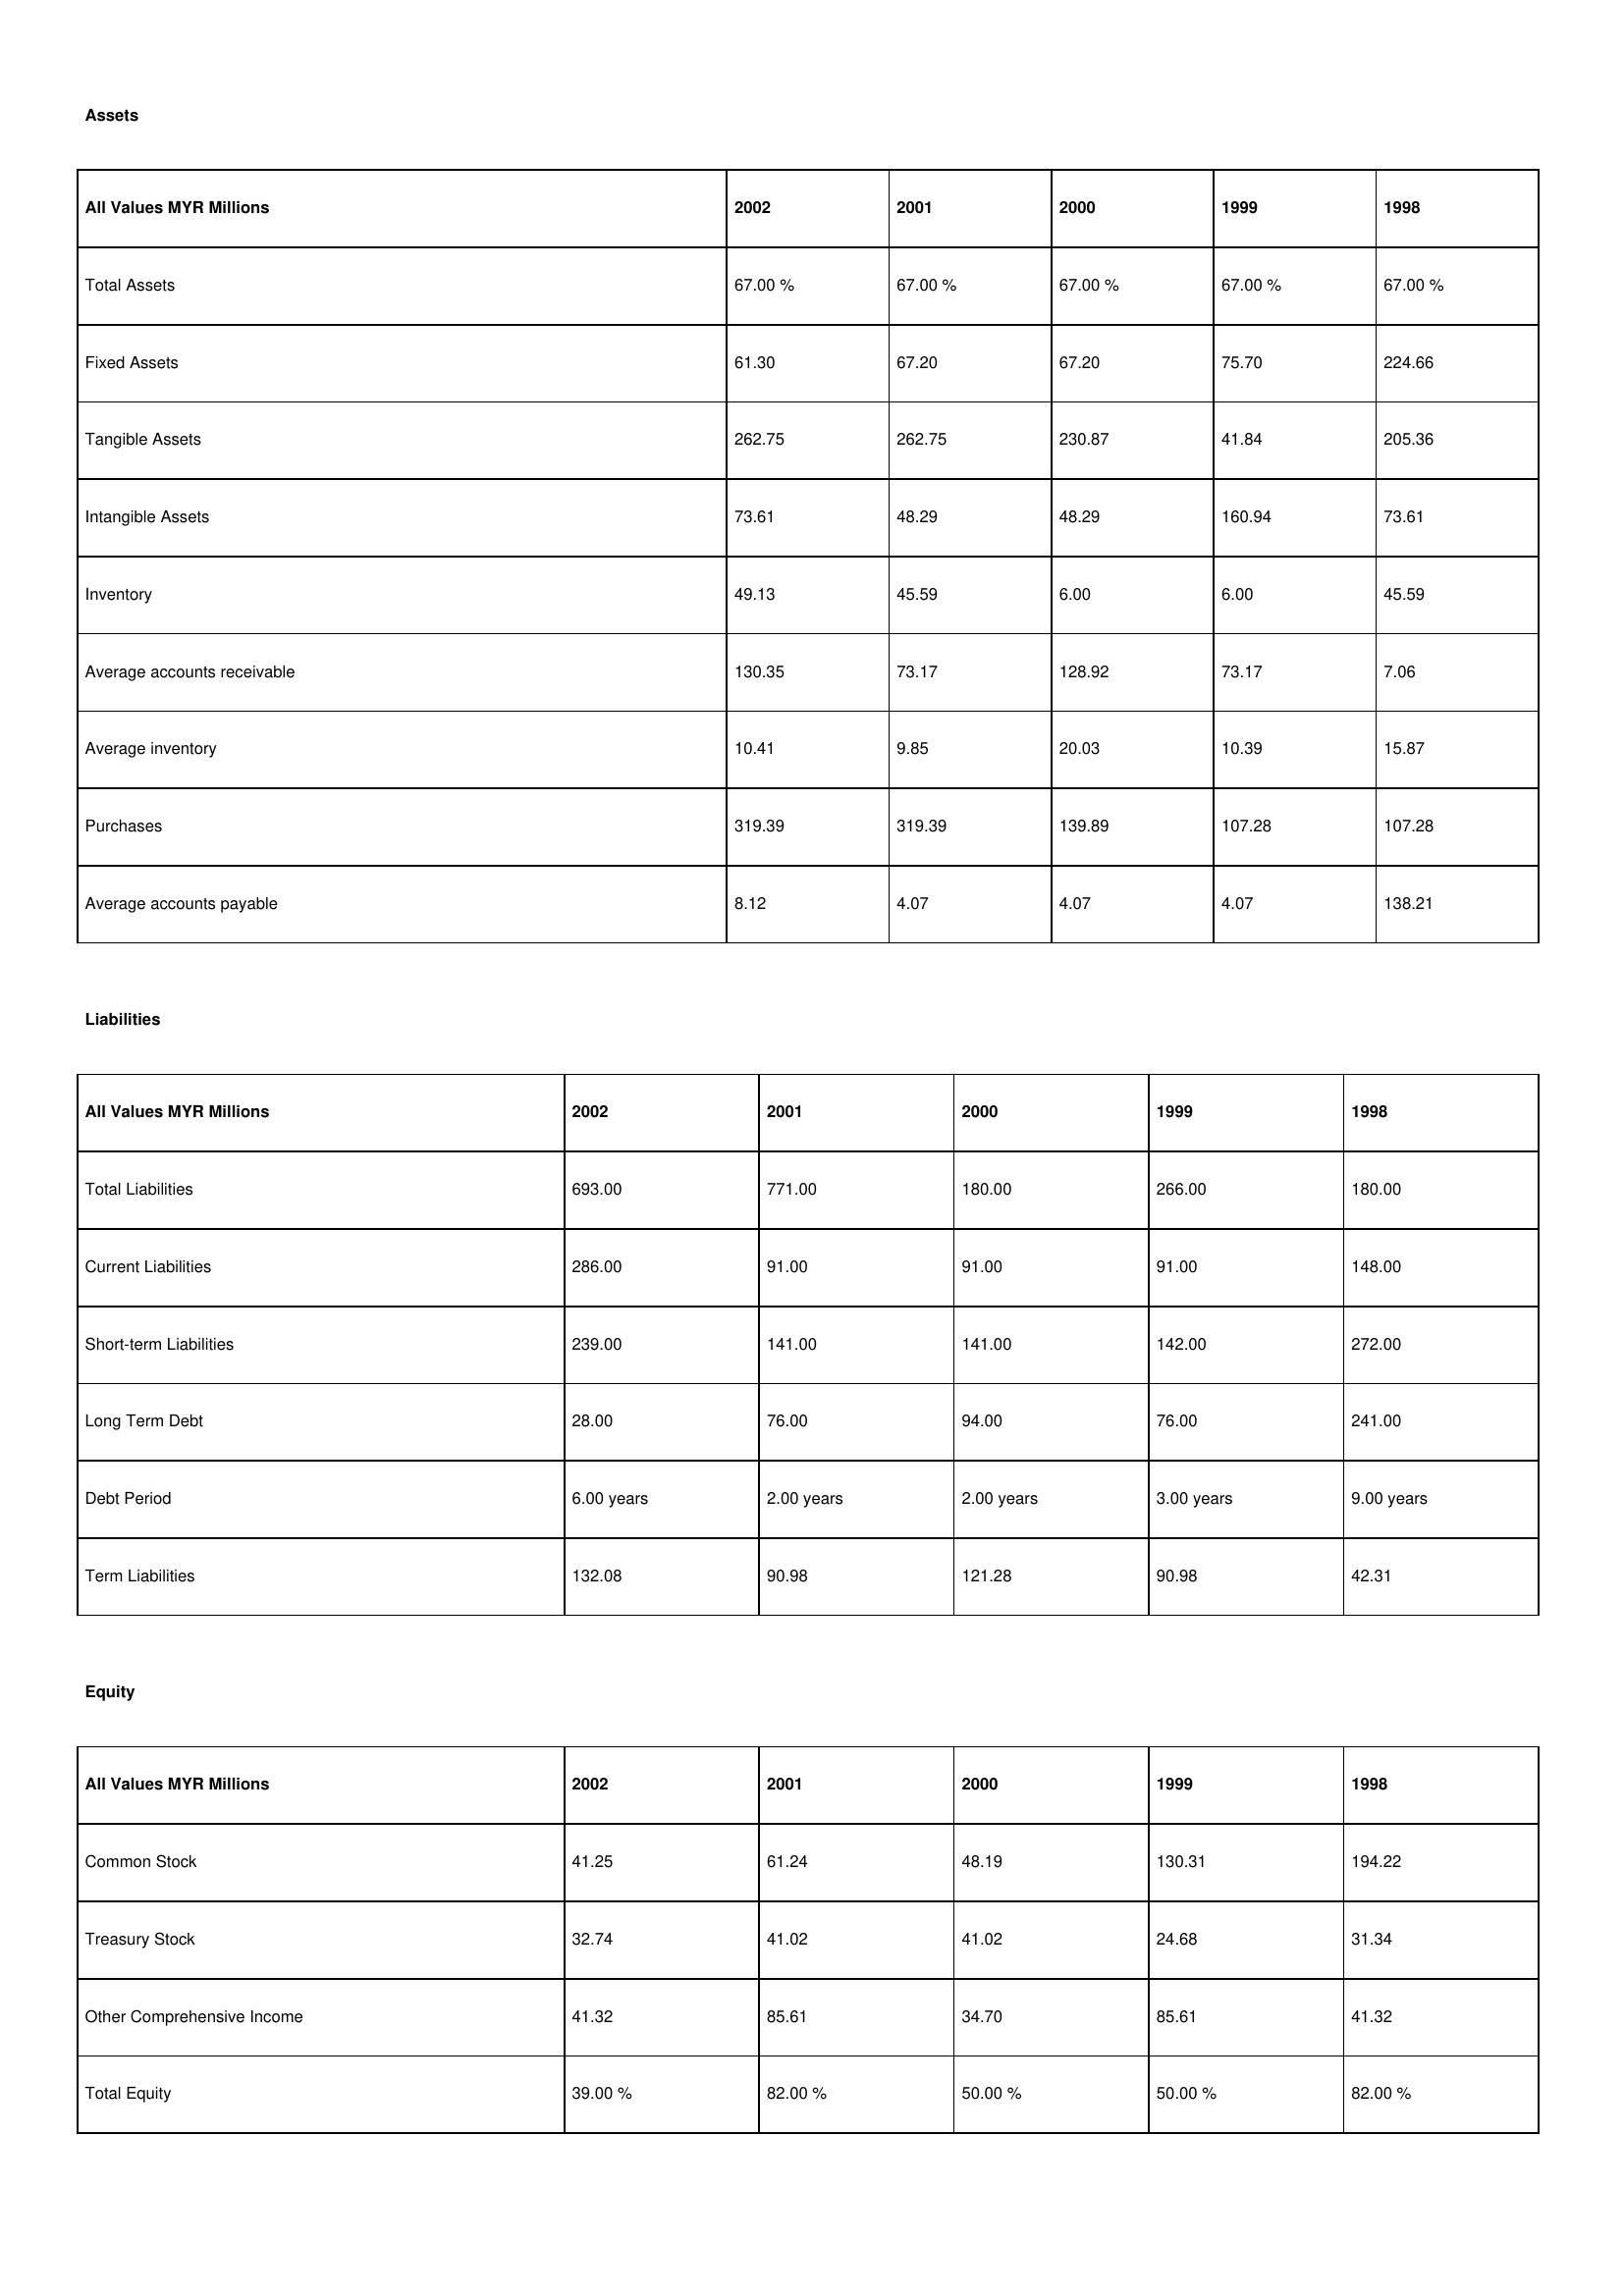
gt_parse: 2002: Assets: Total Assets: 67.00 %
Fixed Assets: 61.30
Tangible Assets: 262.75
Intangible Assets: 73.61
Inventory: 49.13
Average accounts receivable: 130.35
Average inventory: 10.41
Purchases: 319.39
Average accounts payable: 8.12
Liabilities: Total Liabilities: 693.00
Current Liabilities: 286.00
Short-term Liabilities: 239.00
Long Term Debt: 28.00
Debt Period: 6.00 years
Term Liabilities: 132.08
Equity: Common Stock: 41.25
Treasury Stock: 32.74
Other Comprehensive Income: 41.32
Total Equity: 39.00 %
2001: Assets: Total Assets: 67.00 %
Fixed Assets: 67.20
Tangible Assets: 262.75
Intangible Assets: 48.29
Inventory: 45.59
Average accounts receivable: 73.17
Average inventory: 9.85
Purchases: 319.39
Average accounts payable: 4.07
Liabilities: Total Liabilities: 771.00
Current Liabilities: 91.00
Short-term Liabilities: 141.00
Long Term Debt: 76.00
Debt Period: 2.00 years
Term Liabilities: 90.98
Equity: Common Stock: 61.24
Treasury Stock: 41.02
Other Comprehensive Income: 85.61
Total Equity: 82.00 %
2000: Assets: Total Assets: 67.00 %
Fixed Assets: 67.20
Tangible Assets: 230.87
Intangible Assets: 48.29
Inventory: 6.00
Average accounts receivable: 128.92
Average inventory: 20.03
Purchases: 139.89
Average accounts payable: 4.07
Liabilities: Total Liabilities: 180.00
Current Liabilities: 91.00
Short-term Liabilities: 141.00
Long Term Debt: 94.00
Debt Period: 2.00 years
Term Liabilities: 121.28
Equity: Common Stock: 48.19
Treasury Stock: 41.02
Other Comprehensive Income: 34.70
Total Equity: 50.00 %
1999: Assets: Total Assets: 67.00 %
Fixed Assets: 75.70
Tangible Assets: 41.84
Intangible Assets: 160.94
Inventory: 6.00
Average accounts receivable: 73.17
Average inventory: 10.39
Purchases: 107.28
Average accounts payable: 4.07
Liabilities: Total Liabilities: 266.00
Current Liabilities: 91.00
Short-term Liabilities: 142.00
Long Term Debt: 76.00
Debt Period: 3.00 years
Term Liabilities: 90.98
Equity: Common Stock: 130.31
Treasury Stock: 24.68
Other Comprehensive Income: 85.61
Total Equity: 50.00 %
1998: Assets: Total Assets: 67.00 %
Fixed Assets: 224.66
Tangible Assets: 205.36
Intangible Assets: 73.61
Inventory: 45.59
Average accounts receivable: 7.06
Average inventory: 15.87
Purchases: 107.28
Average accounts payable: 138.21
Liabilities: Total Liabilities: 180.00
Current Liabilities: 148.00
Short-term Liabilities: 272.00
Long Term Debt: 241.00
Debt Period: 9.00 years
Term Liabilities: 42.31
Equity: Common Stock: 194.22
Treasury Stock: 31.34
Other Comprehensive Income: 41.32
Total Equity: 82.00 %